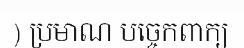
) ប្រមាណ បច្ចេកពាក្យ